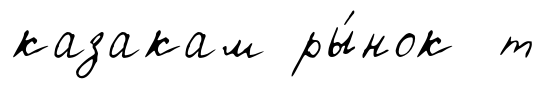
казакам ры́нок т